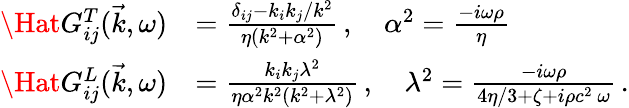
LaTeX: \begin{array}{rl}{\Hat{G}_{ij}^{T}(\vec{k},\omega)}&{=\frac{\delta_{ij}-k_{i}k_{j}/k^{2}}{\eta(k^{2}+\alpha^{2})}\, ,\quad\alpha^{2}=\frac{-i\omega\rho}{\eta}}\\ {\Hat{G}_{ij}^{L}(\vec{k},\omega)}&{=\frac{k_{i}k_{j}\lambda^{2}}{\eta\alpha^{2}k^{2}(k^{2}+\lambda^{2})}\, ,\quad\lambda^{2}=\frac{-i\omega\rho}{4\eta/3+\zeta+i\rho c^{2}\ \omega}\, .}\end{array}